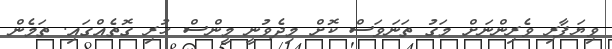
ވިޔަފާރި ވެރިންނަށް މަގު ތަނަވަސް ކޮށް މިދެވުނީ މީންސް ހުރި ގޮތެއްގައި. ތަމެން